画像に写った文字を読んでください
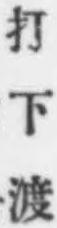
「打下渡」と書いてあります